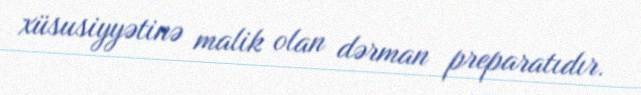
xüsusiyyətinə malik olan dərman preparatıdır.